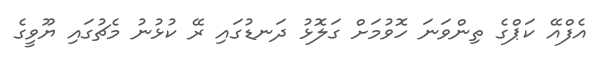
އެފްއޭ ކަޕްގެ ތިންވަނަ ހޮވުމަށް ގަލޮޅު ދަނޑުގައި ރޭ ކުޅުނު މެޗުގައި ޔޫވީގެ